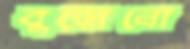
বুড়োনো